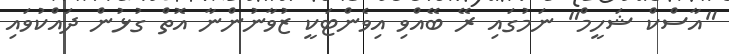
"އާސްކް ޝަހީމް" ނަމުގައި ރޭ ބޭއްވި އިވެންޓަކީ ޒުވާނުންނާ އޮތް ގުޅުން ދައްކުވައި